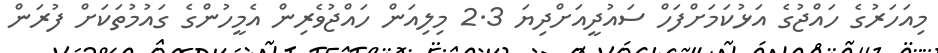
މިއަހަރުގެ ހައްޖުގެ އަޅުކަމަށްފަހް ސައުދީއަށްދިޔަ 2.3 މިލިއަން ހައްޖުވެރިން އެމީހުންގެ ގައުމުތަކަށް ފުރަން